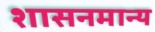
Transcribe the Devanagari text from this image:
शासनमान्‍य